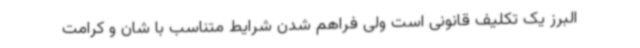
البرز یک تکلیف قانونی است ولی فراهم شدن شرایط متناسب با شان و کرامت